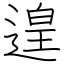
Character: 遑